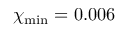
\chi _ { \mathrm { m i n } } = 0 . 0 0 6